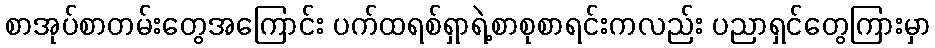
စာအုပ်စာတမ်းတွေအကြောင်း ပက်ထရစ်ရှာရဲ့စာစုစာရင်းကလည်း ပညာရှင်တွေကြားမှာ